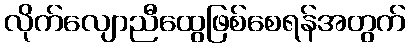
လိုက်လျောညီထွေဖြစ်စေရန်အတွက်